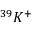
^ { 3 9 } K ^ { + }